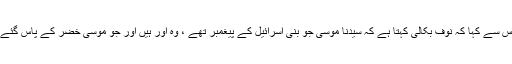
1611: سیدنا سعید بن جبیر کہتے ہیں کہ میں نے سیدنا ابن عباسؓ سے کہا کہ نوف بکالی کہتا ہے کہ سیدنا موسیٰؑ جو بنی اسرائیل کے پیغمبر تھے ، وہ اور ہیں اور جو موسیٰ خضرؑ کے پاس گئے تھے وہ اَور ہیں انہوں نے کہا کہ اللہ کا دشمن جھوٹ بولتا ہے۔